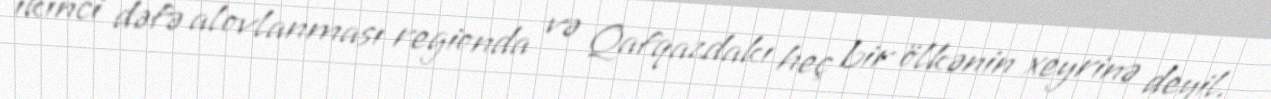
ikinci dəfə alovlanması regionda və Qafqazdakı heç bir ölkənin xeyrinə deyil.